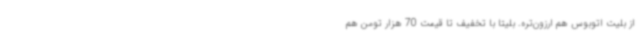
از بلیت اتوبوس هم ارزون‌تره. بلیتا با تخفیف تا قیمت 70 هزار تومن هم